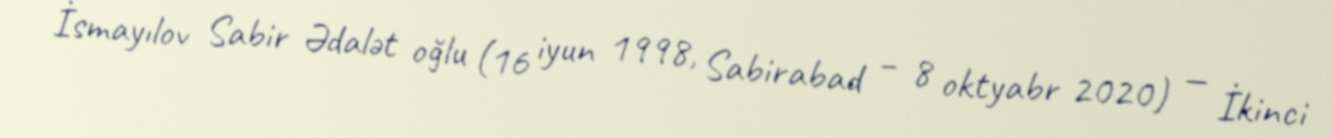
İsmayılov Sabir Ədalət oğlu (16 iyun 1998, Sabirabad – 8 oktyabr 2020) — İkinci